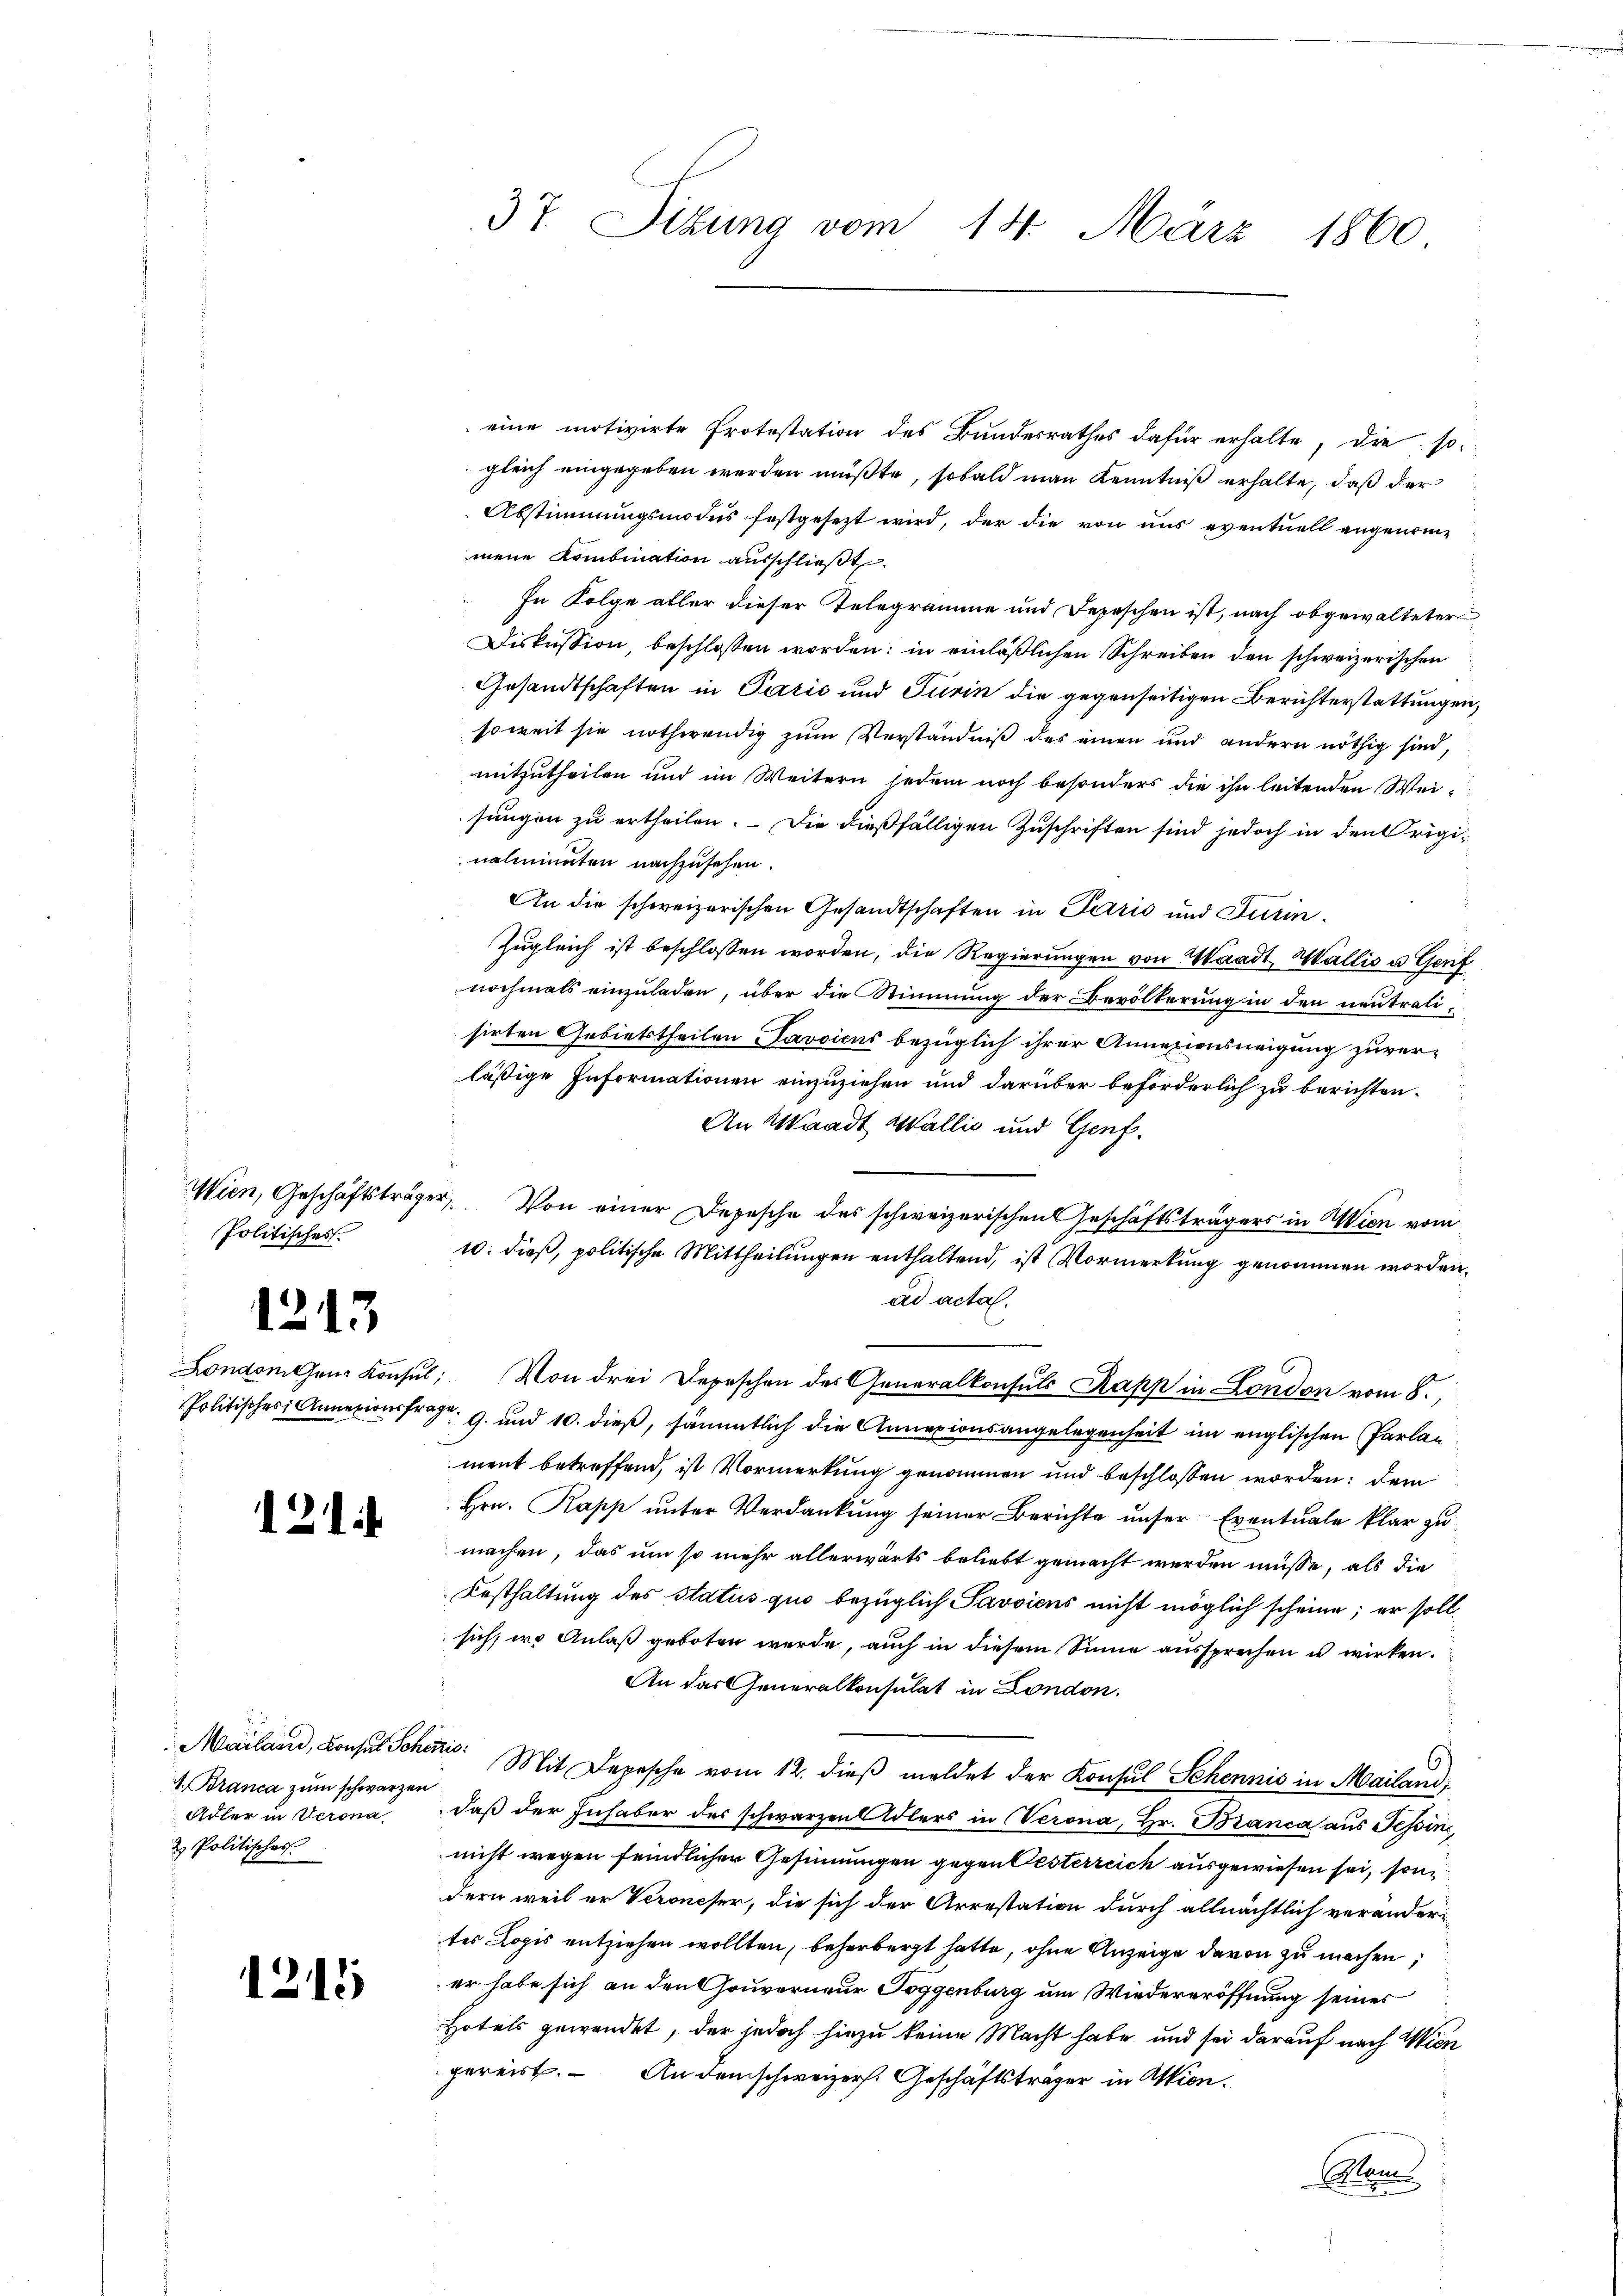
Politisches

1213

Londoni theur Konsul
Politisches Annexionsfr

1214

1. Branca zum schwarzen
Adler in Verona
d. Politischer

1215

eine motivirte Protestation des Bundesrathes dafür erhalte, die so
gleich eingegeben werden müßte, sobald man Kenntniß erhalte, daß der
Abstimmungsmodus festgesezt wird, der die von uns eventuell angenommene Kombination ausschließt.
In Folge aller dieser Telegramme und Depeschen ist, nach obgewalteter
Diskussion, beschlossen worden: in einläßlichen Schreiben den schweizerischen
Gesandtschaften in Pazić und Turin die gegenseitigen Berichterstattungen,
soweit sie nothwendig zum Verständniß des einen und andern nöthig sind,
mitzutheilen und im Weitern jedem noch besonders die ihn leitenden Weisungen zu ertheilen. Die dießfälligen Zuschriften sind jedoch in den Originahmminaten nachzusehen.
An die schweizerischen Gesandtschaften in Paris und Turin.
Zugleich ist beschlossen worden, die Regierungen von Waadt, Wallis u Genf
nochmals einzuladen, über die Stimmung der Bevölkerung in den neutralisirten Gebietstheilen Javsicus bezüglich ihrer Annexionsweigung zuverläßige Informationen einzuziehen und darüber beförderlich zu berichten.
An Waadt Wallis und Genf.
Wien, Geschäftsträger. Von einer Depesche des schweizerischen Geschäftsträgers in Wien vom
10. dieß, politische Mittheilungen enthaltend, ist Vormerkung genommen worden.
ad acta.
e
: Von drei Depeschen des Generalkonsuls Kapp in London vom 8.
 9. und 10. dieß, sämmtlich die Annexionsangelegenheit im englischen Parlan
ment betreffend, ist Vormerkung genommen und beschlossen worden; dem
Hrn. Rapp unter Verdankung seiner Berichte unser Eventuale klar zu
machen, das um so mehr allerwärts beliebt gemacht werden müsse, als die
Festhaltung des Status quo bezüglich Savviens nicht möglich scheine; er soll
sich iro Anlaß geboten werde, auch in diesem Sinne aussprechen u wirken.
An das Generalkonsulat in London.
Mailand, Konsul Schen Mit Depesche vom 12. dieß meldet der Konsul Schennis in Mailand,
daß der Inhaber des schwarzen Adlers in Verona, Hr. Branca aus Tessin,
nißt wegen feindlicher Gesinnungen gegen Oesterreich ausgewiesen sei, son
dern weil er Veroneser, die sich der Arrestation durch allmächtlich veränder-
tes Logis entziehen wollten, beherbergt hatte, ohne Anzeige davon zu machen;
er habe sich an den Gouverneur Toggenburg um Wiedereröffnung seines
Hotels gewendet, der jedoch hiezu keine Macht habe und sei darauf nach Wien
gereist. – An dem schweizers. Geschäftsträger in Aktion.
Plan

37. Situng vom 14. März 1860

e